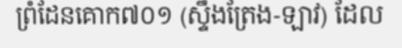
ព្រំដែនគោក៧០១ (ស្ទឹងត្រែង-ឡាវ) ដែល